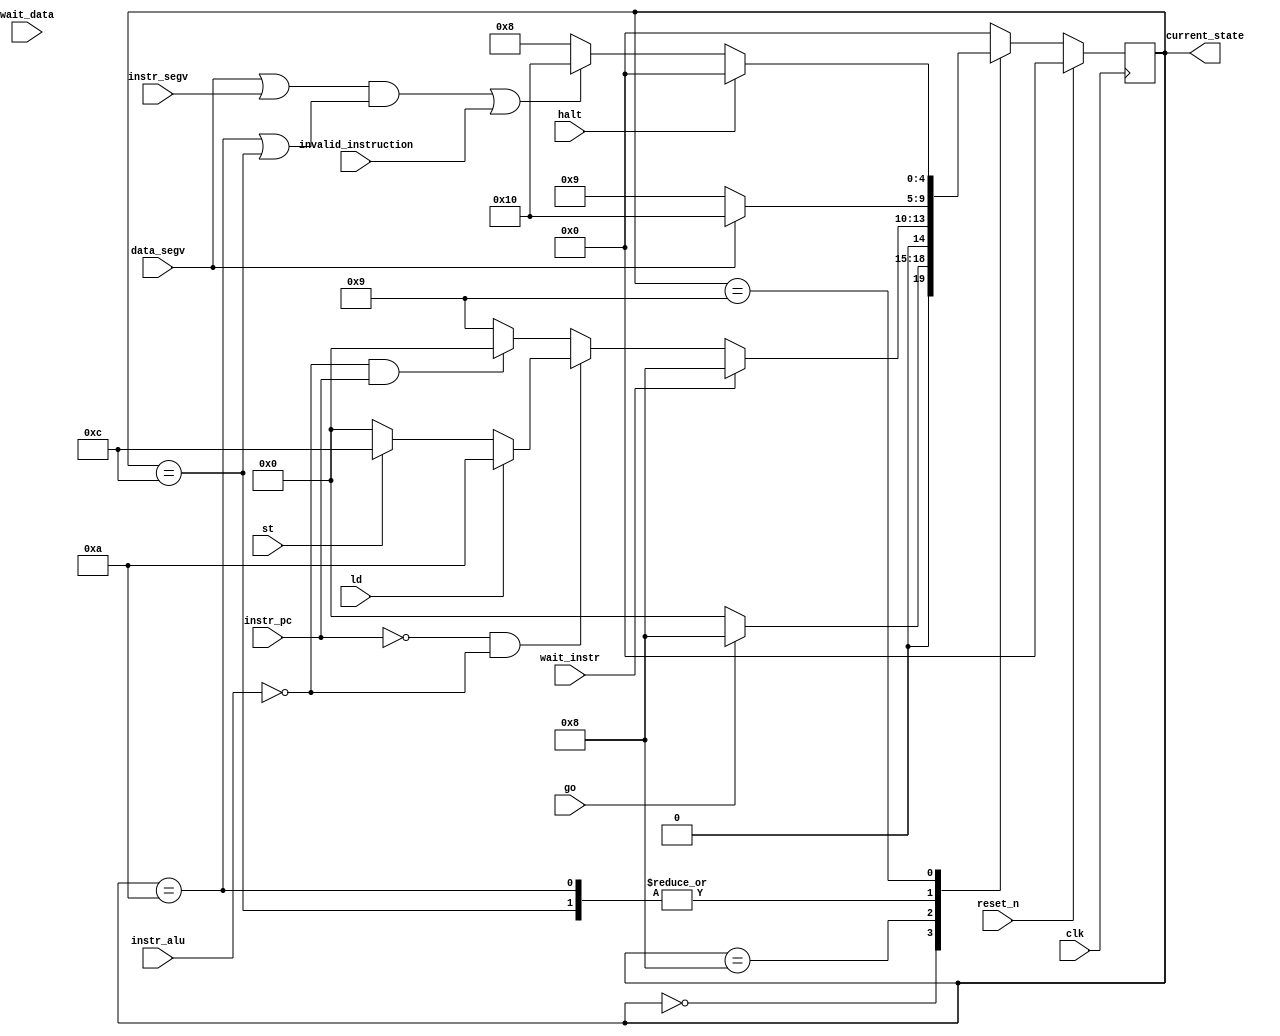
module FSM(
  input clk,
  input reset_n,
  input go,
  input halt,
  input instr_alu,
  input instr_pc,
  input ld,
  input st,
  input wait_data,
  input wait_instr,
  input data_segv,
  input instr_segv,
  input invalid_instruction,
  output reg[4:0] current_state
  );

  wire trap;
  wire ld_st = (current_state == WAIT_LOAD | current_state == WAIT_STORE);
  assign trap = (data_segv | instr_segv) & ld_st | invalid_instruction;

  reg[4:0]  next_state;
  localparam
    HALT = 5'b00000,
    READ_INS = 5'b01000,
    WAIT_LOAD = 5'b01010,
    WAIT_STORE = 5'b01100,
    DO = 5'b01001,
    TRAP = 5'b10000;

  always @(*)begin: state_table
    case(current_state)
      HALT: next_state = go ? READ_INS : HALT;
      READ_INS: begin
        if(wait_instr)
          next_state = READ_INS;
        else begin
          if(~instr_pc & ~instr_alu) begin
            if(ld)
              next_state = WAIT_LOAD;
            else if(st)
              next_state = WAIT_STORE;
            else
              next_state = HALT;
          end
          else if(~instr_alu & instr_pc) begin
            next_state = HALT;
          end
          else
            next_state = DO;
        end
      end
      WAIT_LOAD: next_state = data_segv ? TRAP : DO;
      WAIT_STORE: next_state = data_segv ? TRAP : DO;
      DO: begin
        if(~halt)
          next_state = trap ? TRAP : READ_INS;
        else
          next_state = HALT;
      end
      default: next_state = HALT;
    endcase
  end
  //reset block
  always @(posedge clk) begin
		if(reset_n) current_state <= HALT;
      else current_state <= next_state;
  end
endmodule